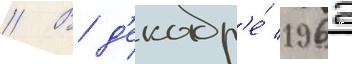
// В д'екабр'е́ 1962